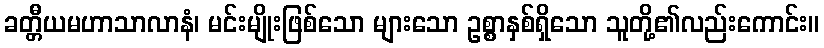
ခတ္တီယမဟာသာလာနံ၊ မင်းမျိုးဖြစ်သော များသော ဥစ္စာနှစ်ရှိသော သူတို့၏လည်းကောင်း။